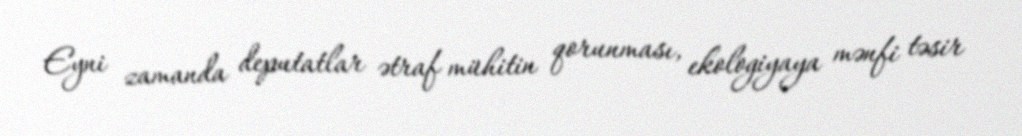
Eyni zamanda deputatlar ətraf mühitin qorunması, ekologiyaya mənfi təsir